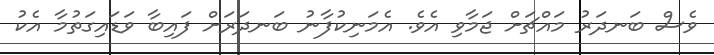
ވެސް ބަނދަރު މައްޗަށް ޖަމާވި އެވެ. އެމަނިކުފާނު ބަނދަރަށް ފައިބާ ވަޑައިގަތުމާ އެކު